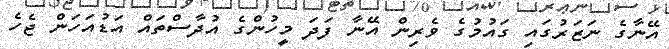
އޭނާގެ ނަޒަރުގައި ގައުމުގެ ވެރިން އޭނާ ފަދަ މީހުންގެ އުދާސްތައް އަޑުއަހަން ޖެހެ